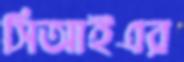
সিআইএর